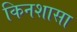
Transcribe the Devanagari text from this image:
किनशासा